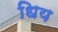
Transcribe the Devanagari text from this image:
धिय